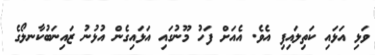
ވަޅި އަޅައި ކަތިލައިފި އެވެ. އެއަށް ފަހު މޫނުގައި އަޅައިގެން އުޅުނު ޒައިނަބުކާނލޯގެ